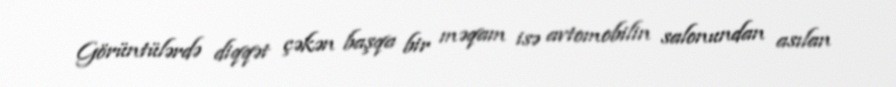
Görüntülərdə diqqət çəkən başqa bir məqam isə avtomobilin salonundan asılan